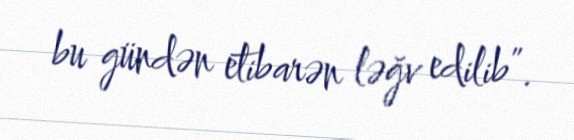
bu gündən etibarən ləğv edilib”.